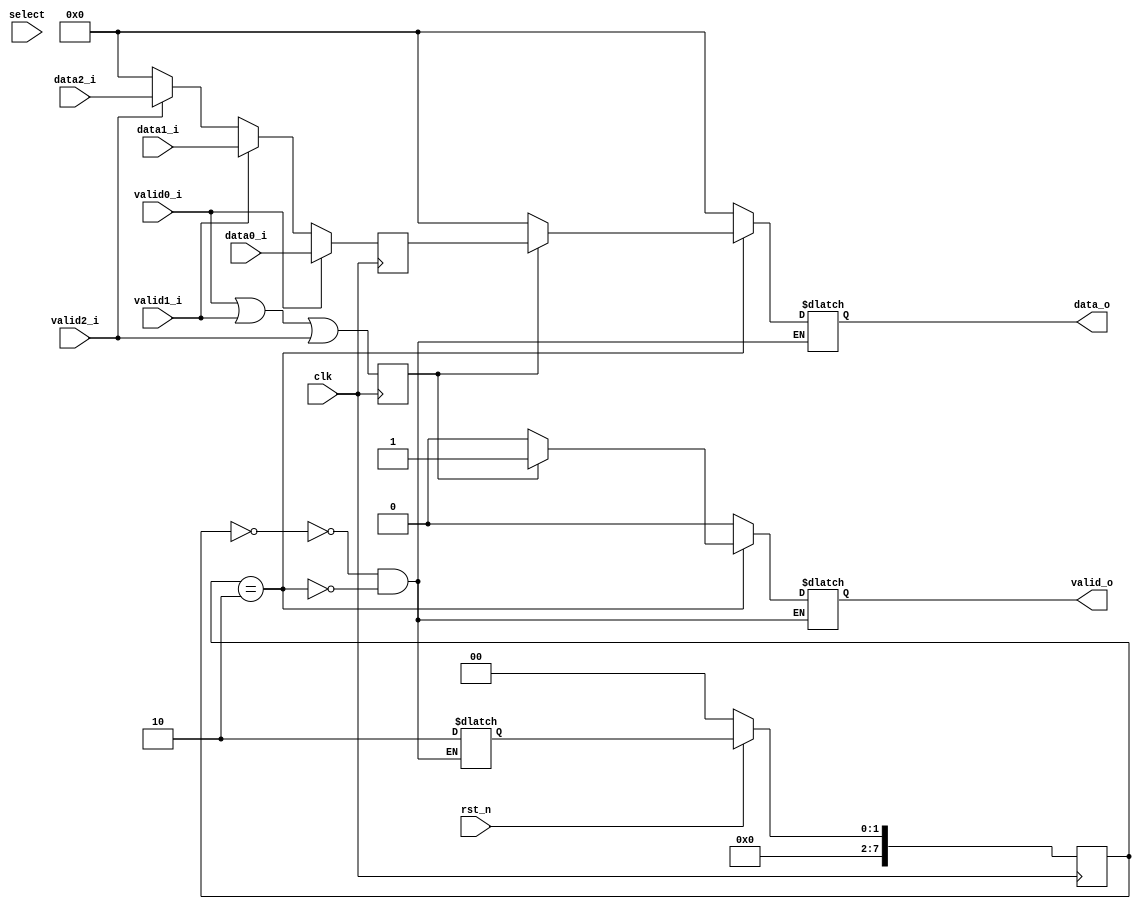
`timescale 1ns / 1ps
//////////////////////////////////////////////////////////////////////////////////
// Company: 
// Engineer: 
// 
// Design Name: 
// Module Name:    mux 
// Project Name: 
// Target Devices: 
// Tool versions: 
// Description: 
//
// Dependencies: 
//
// Revision: 
// Revision 0.01 - File Created
// Additional Comments: 
//
//////////////////////////////////////////////////////////////////////////////////

`define RESET 0
`define OUTPUT_DATA 2

module mux #(
		parameter D_WIDTH = 8
	)(
		// Clock and reset interface
		input clk,
		input rst_n,
		
		//Select interface
		input[1:0] select,
		
		// Output interface
		output reg[D_WIDTH - 1 : 0] data_o,
		output reg						 valid_o,
				
		//output interfaces
		input [D_WIDTH - 1 : 0] 	data0_i,
		input   							valid0_i,
		
		input [D_WIDTH - 1 : 0] 	data1_i,
		input   							valid1_i,
		
		input [D_WIDTH - 1 : 0] 	data2_i,
		input     						valid2_i
    );
	
		reg valid_i_sys;
		reg[7:0] state, next_state = 0;
		reg[D_WIDTH - 1 : 0] data_reg;
		
		
		always @(posedge clk) begin 
			
			// Reset + avansare tranzitie stare
			if(~rst_n)
				state <= `RESET;
			else
				state <= next_state;
			
			// Stocam in data_reg datele pe care le vrem la iesire
			data_reg <= valid0_i ? data0_i : (valid1_i ? data1_i : ( valid2_i ? data2_i : 0));
			valid_i_sys <= valid0_i | valid1_i | valid2_i;
			
		end
		
		always @(*) begin
		
			case(state)
			
				`RESET: begin
					
					data_o = 0;
					valid_o = 0;
					next_state = `OUTPUT_DATA;
					
				end
				
				`OUTPUT_DATA: begin
				
					if(valid_i_sys) begin
						data_o = data_reg;
						valid_o = valid_i_sys;
					end
					else begin
						data_o = 0;
						valid_o = 0;
					end
						
					next_state = `OUTPUT_DATA;
					
				end
			
			endcase
		
		end
		
	//TODO: Implement MUX logic here

endmodule